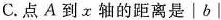
C.点A到x轴的距离是│b│